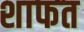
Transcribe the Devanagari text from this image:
शाफत